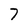
Character: 7